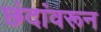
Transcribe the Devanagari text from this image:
छंदांवरून